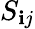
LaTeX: S_{\mathbf{i}j}